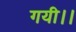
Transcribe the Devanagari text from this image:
गयी।।